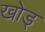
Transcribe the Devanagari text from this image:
खोड्